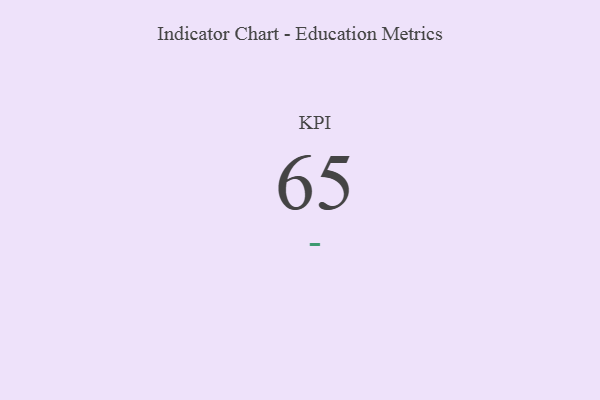
{"axis": {"x": "KPI", "y": "Value"}, "legend": [""], "data": [{"x": "KPI", "y": 65, "type": ""}]}